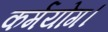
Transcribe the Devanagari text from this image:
कर्मयोग।